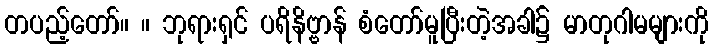
တပည့်တော်။ ။ ဘုရားရှင် ပရိနိဗ္ဗာန် စံတော်မူပြီးတဲ့အခါ၌ မာတုဂါမများကို